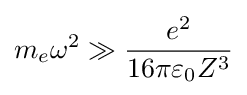
m_{e}\omega ^{2}\gg {e^{2} \over 16\pi \varepsilon _{0}Z^{3}}